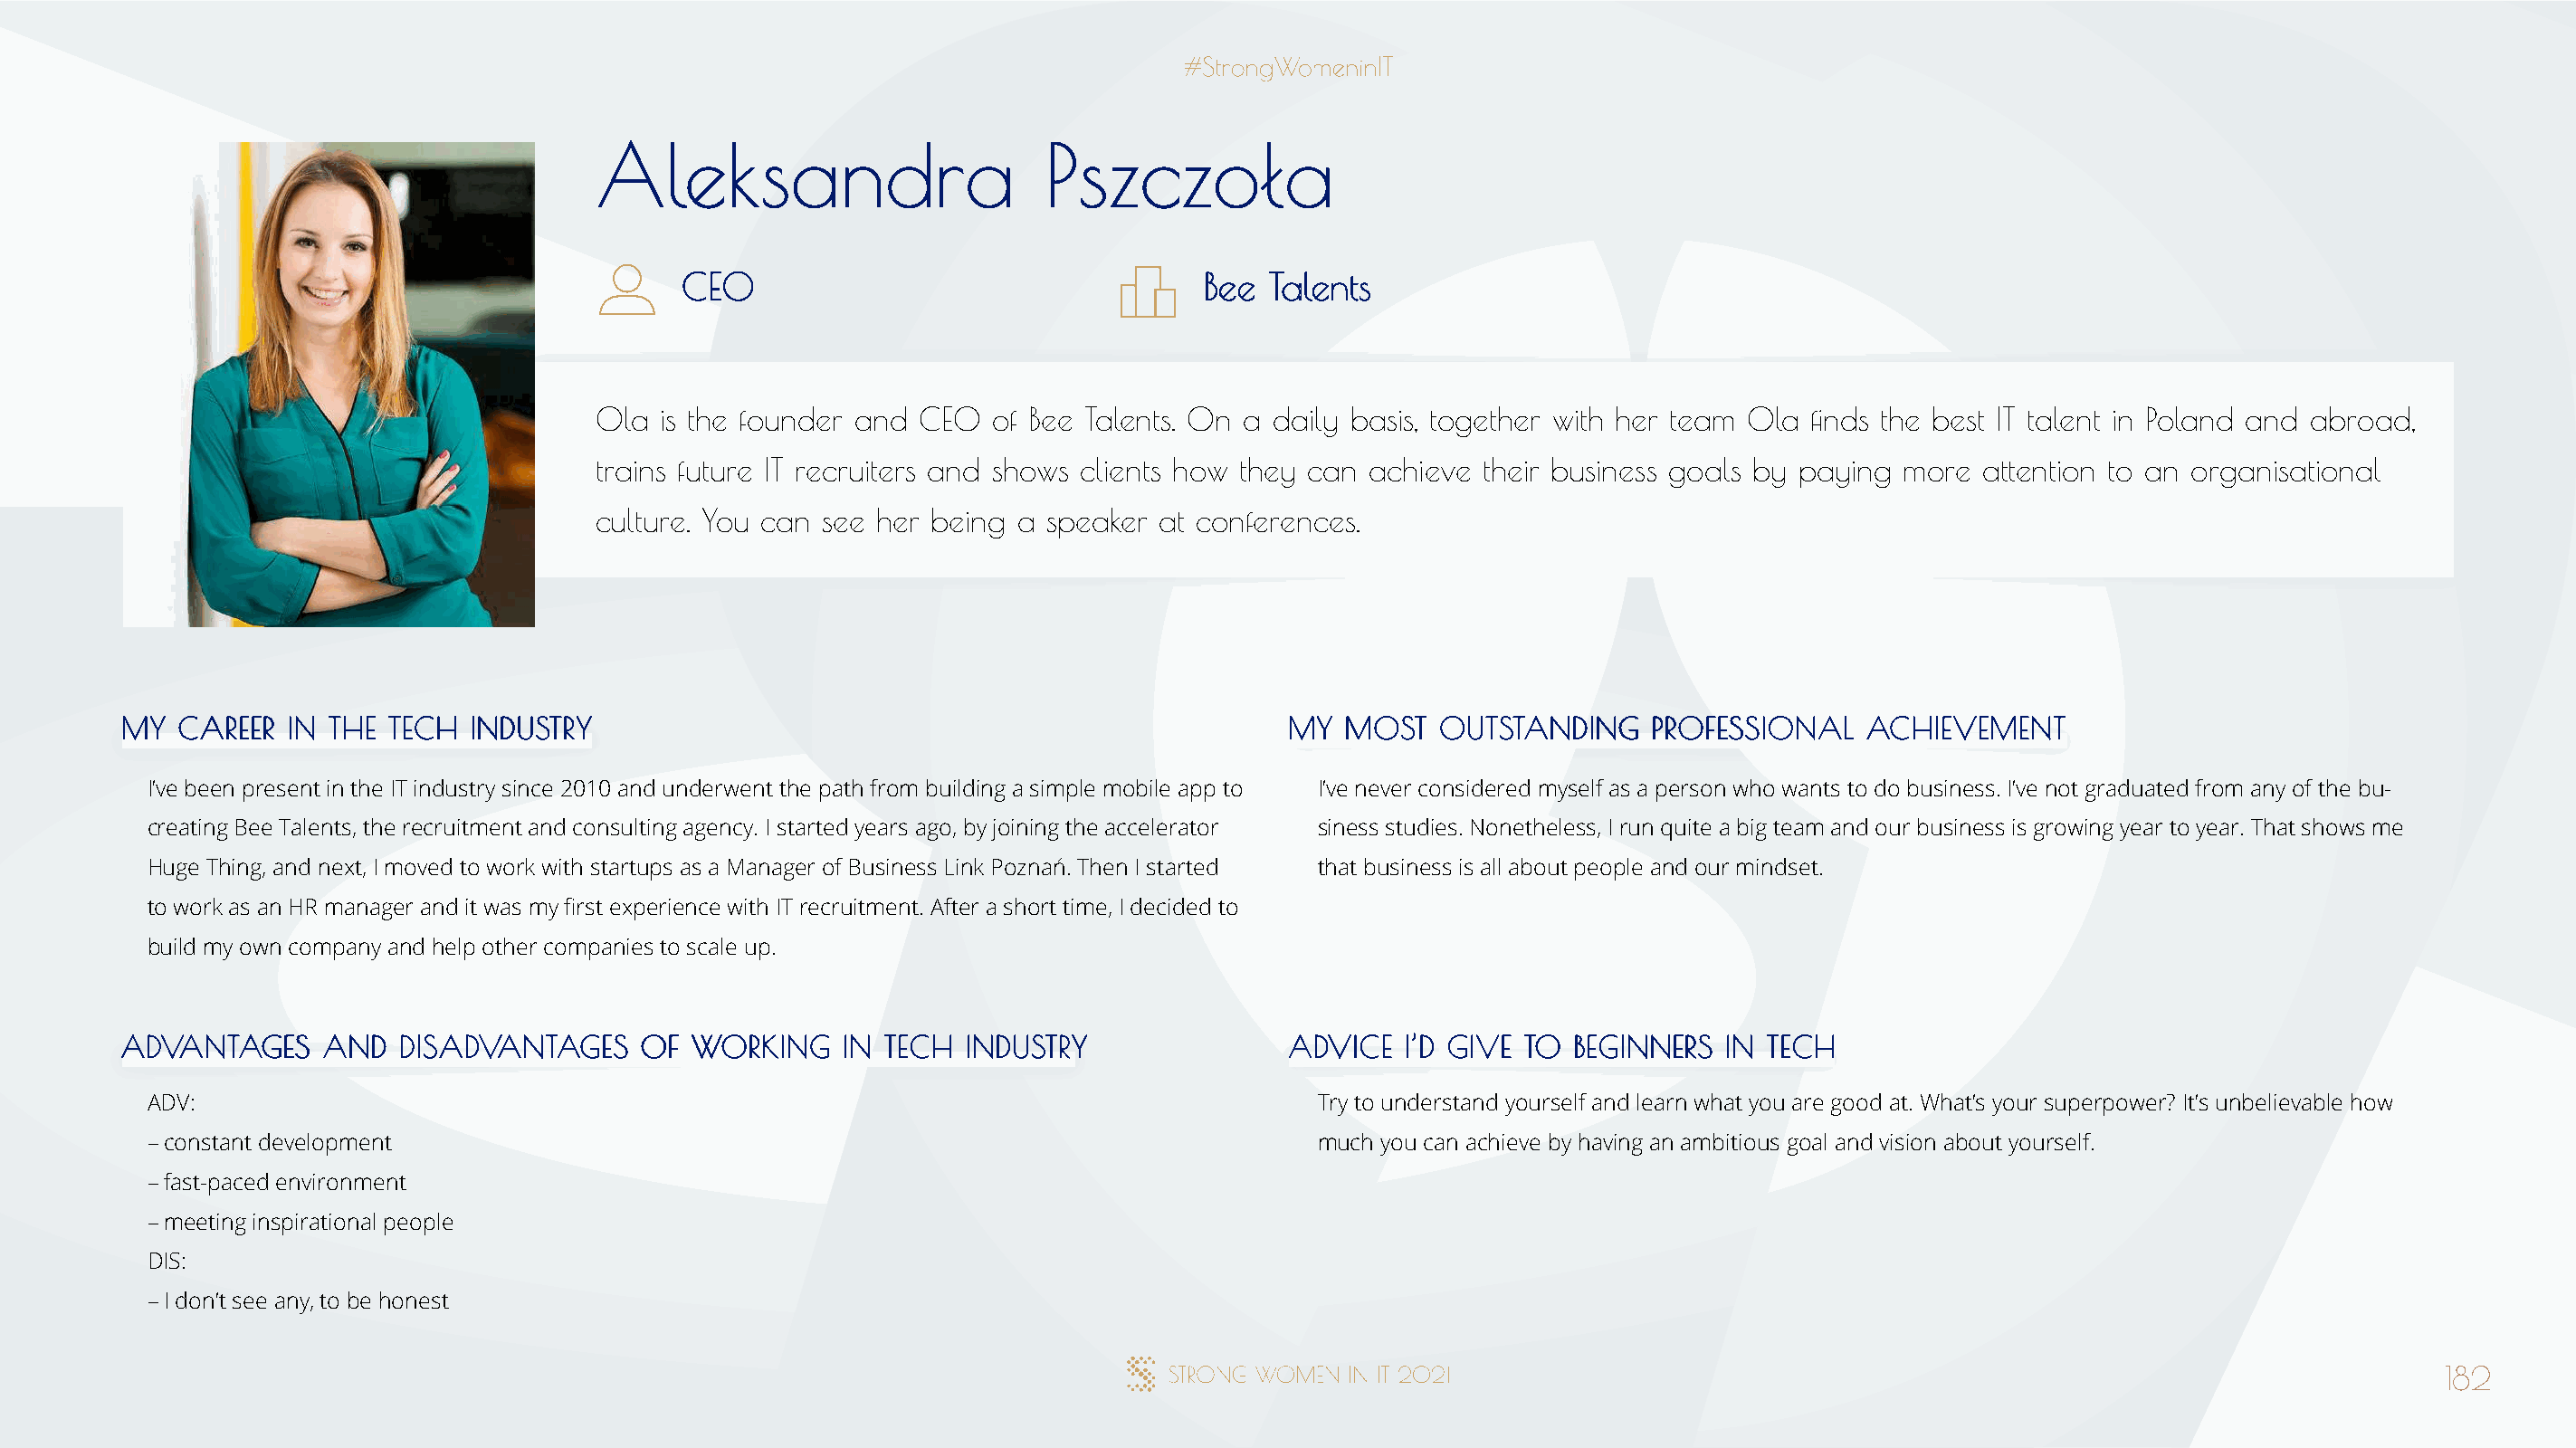
AAlleekkssaannddrraa            PPsszzcczzoołłaa
 CCEEOO                                BBeeee TTaalleennttss
 Ola is the founder and CEO   of Bee Talents. On a daily basis, together with her team Ola finds the best IT talent in Poland and abroad,
 trains future IT recruiters and shows clients how they can achieve their business goals by paying more attention to an organisational
 culture. You can see her being a speaker at conferences.
 MMYY CCAARREEEERR IINN TTHHEE TTEECCHH IINNDDUUSSTTRRYY                              MMYY MMOOSSTT OOUUTTSSTTAANNDDIINNGG PPRROOFFEESSSSIIOONNAALL AACCHHIIEEVVEEMMEENNTT
 I’ve been present in the IT industry since 2010 and underwent the path from building a simple mobile app to I’ve never considered myself as a person who wants to do business. I’ve not graduated from any of the bu-
 creating Bee Talents, the recruitment and consulting agency. I started years ago, by joining the accelerator siness studies. Nonetheless, I run quite a big team and our business is growing year to year. That shows me
 Huge Thing, and next, I moved to work with startups as a Manager of Business Link Poznań. Then I started that business is all about people and our mindset.
 to work as an HR manager and it was my first experience with IT recruitment. After a short time, I decided to
 build my own company and help other companies to scale up.
 AADDVVAANNTTAAGGEESS AANNDD DDIISSAADDVVAANNTTAAGGEESS OOFF WWOORRKKIINNGG IINN TTEECCHH IINNDDUUSSTTRRYY AADDVVIICCEE II’’DD GGIIVVEE TTOO BBEEGGIINNNNEERRSS IINN TTEECCHH
 ADV:                                                                                 Try to understand yourself and learn what you are good at. What’s your superpower? It’s unbelievable how
 – constant development                                                               much you can achieve by having an ambitious goal and vision about yourself.
 – fast-paced environment
 – meeting inspirational people
 DIS:
 – I don’t see any, to be honest
 182